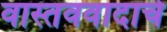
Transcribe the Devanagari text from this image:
वास्तववादाचे